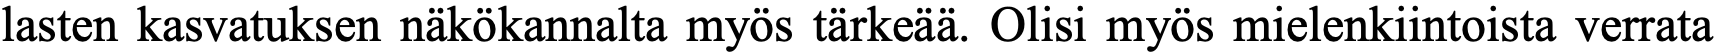
lasten kasvatuksen näkökannalta myös tärkeää. Olisi myös mielenkiintoista verrata